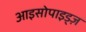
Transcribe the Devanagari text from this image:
आइसोपाइड्ज़